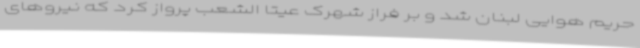
حریم هوایی لبنان شد و بر فراز شهرک عیتا الشعب پرواز کرد که نیروهای